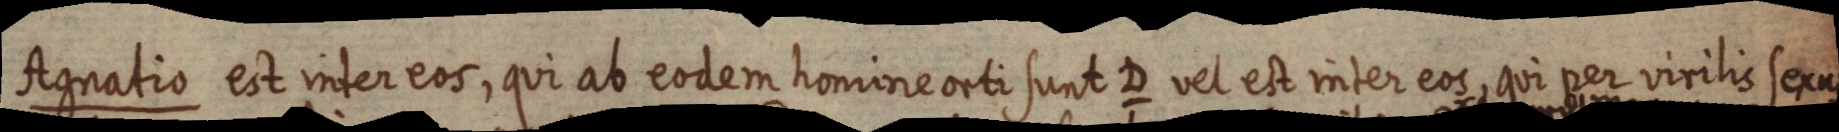
Agnatio est inter eos, qui ab eodem homine orti sunt D vel est inter eos, qui per virilis sexus